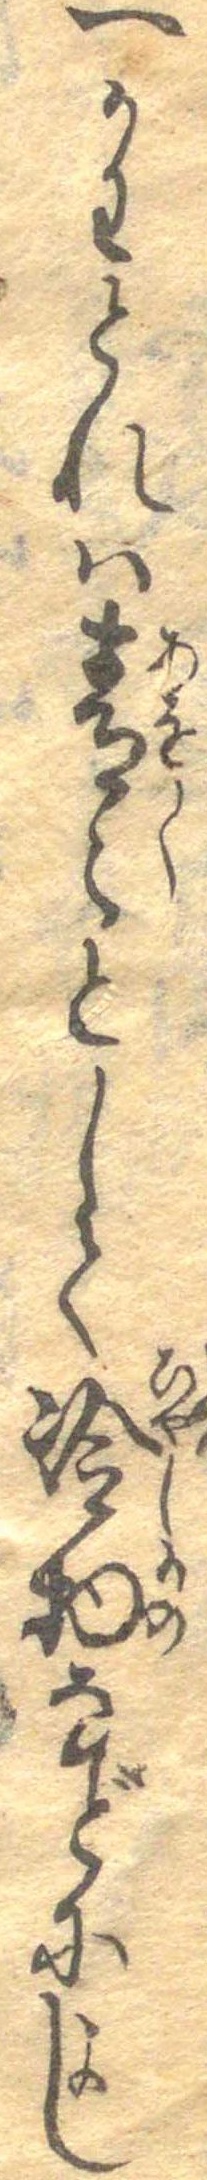
一かわとれは青々として冷物などによし